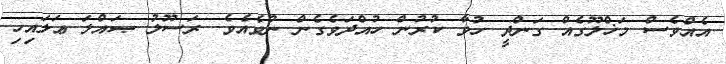
އެއްވެސް މަޚްލޫގެއް ގަންދީ ހުވާ ކުރުން ހުއްދަވެގެން ނުވެއެވެ. ރަސޫލު ޞައްލަ ޢަލައިހި